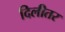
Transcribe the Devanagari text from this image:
दिलीतर